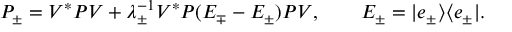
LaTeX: P _ { \pm } = V ^ { * } P V + \lambda _ { \pm } ^ { - 1 } V ^ { * } P ( E _ { \mp } - E _ { \pm } ) P V , \qquad E _ { \pm } = | e _ { \pm } \rangle \langle e _ { \pm } | .